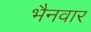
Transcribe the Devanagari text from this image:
भैनवार